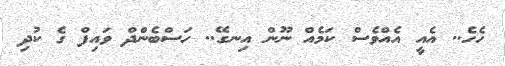
ހެހެ.. އެއީ އެއްވެސް ކަމެއް ނޫން އިނގޭ.. ހަސްބެންދް ވައިފް ގެ ކުދި